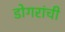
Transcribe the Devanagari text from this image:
डोगरांची